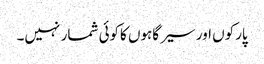
پارکوں اور سیر گاہوں کاکوئی شمار نہیں۔